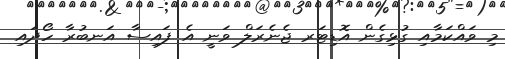
މި ވައްކަމާއި ގުޅިގެން އޮޑިޓަރ ޖެނެރަލް ވަނީ އެ ފައިސާ އަނބުރާ ހޯދައި